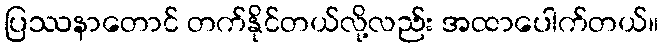
ပြဿနာတောင် တက်နိုင်တယ်လို့လည်း အထာပေါက်တယ်။